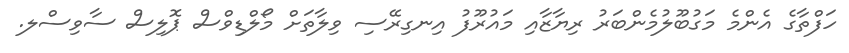
ހަފްތާގެ އެންމެ މަގުބޫލުމެންބަރު ރިޔާޒާއި މައުރޫފު އިނގިރޭސި ވިލާތަށް މޯލްޑިވްސް ޕޮލިސް ސާވިސްލ.